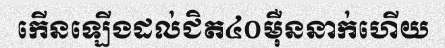
កើនឡើងដល់ជិត៤០ម៉ឺននាក់ហើយ